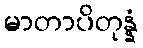
မာတာပိတုန္နံ